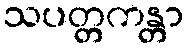
သပတ္တကန္တာ